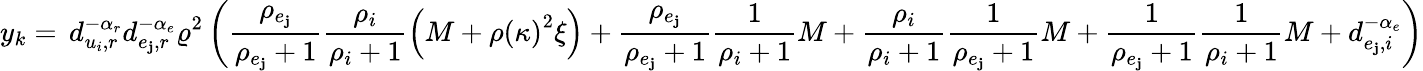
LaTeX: y_{k}=\, d_{u_{i},r}^{-\alpha_{r}}d_{e_{\mathbf{j}},r}^{-\alpha_{e}}\varrho^{2}\left(\frac{{\rho_{e_{\mathbf{j}}}}}{{\rho_{e_{\mathbf{j}}}+1}}\frac{{\rho_{i}}}{{\rho_{i}+1}}\left(M+\rho\left(\kappa\right)^{2}\xi\right)+\frac{{\rho_{e_{\mathbf{j}}}}}{{\rho_{e_{\mathbf{j}}}+1}}\frac{{1}}{{\rho_{i}+1}}M+\frac{{\rho_{i}}}{{\rho_{i}+1}}\frac{{1}}{{\rho_{e_{\mathbf{j}}}+1}}M+\frac{{1}}{{\rho_{e_{\mathbf{j}}}+1}}\frac{{1}}{{\rho_{i}+1}}M+d_{e_{\mathbf{j}},i}^{-\alpha_{e}}\right)